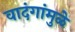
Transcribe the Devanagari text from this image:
वादंगांमुळे